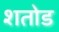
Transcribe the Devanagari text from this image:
शतोड